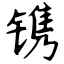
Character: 镌